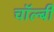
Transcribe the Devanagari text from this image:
चॉल्बी